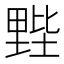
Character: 𲇂